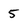
Character: 5